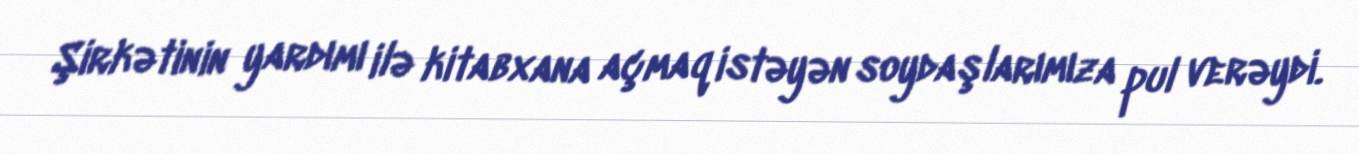
Şirkətinin yardımı ilə kitabxana açmaq istəyən soydaşlarımıza pul verəydi.